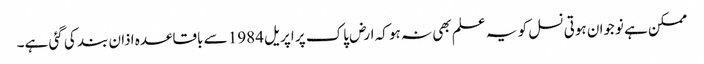
ممکن ہے نوجوان ہوتی نسل کو یہ علم بھی نہ ہو کہ ارض پاک پر اپریل 1984 سے باقاعدہ اذان بند کی گئی ہے۔